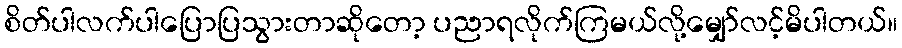
စိတ်ပါလက်ပါပြောပြသွားတာဆိုတော့ ပညာရလိုက်ကြမယ်လို့မျှော်လင့်မိပါတယ်။